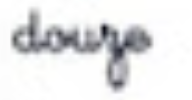
douze